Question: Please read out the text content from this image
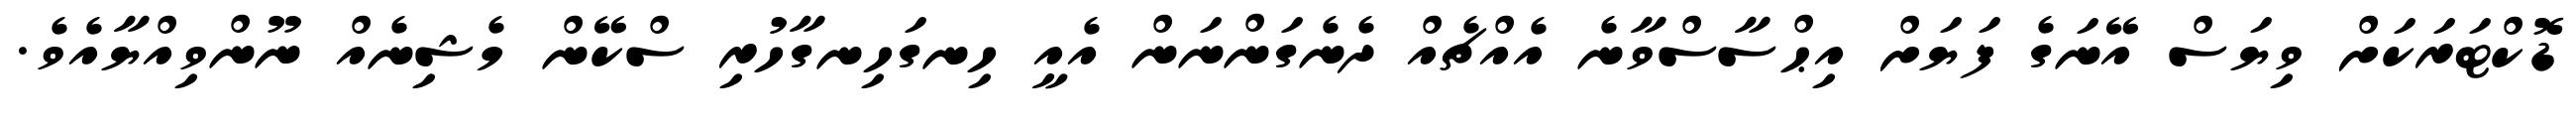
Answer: ޑޮކްޓަރަކަށް ވިޔަސް އޭނަގެ ފަޔަށް އިޙްސާސްވާނެ އެއްޗެއް ދެނެގަންނަން އެއީ ހިނގަހިނގާހުރި ސްކޭން މެޝިނެއް ނޫންވިއްޔާއެވެ.